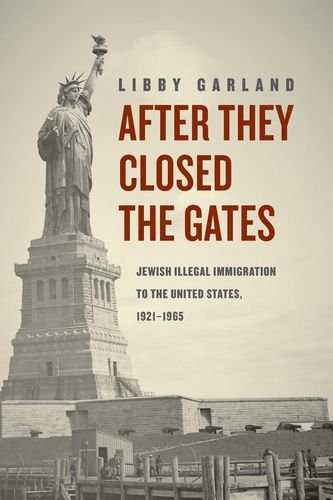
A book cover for After They Closed the Gates: Jewish Illegal Immigration to the United States, 1921-1965; Libby Garland; History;